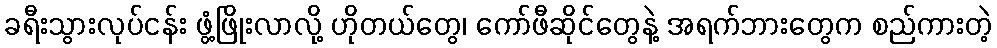
ခရီးသွားလုပ်ငန်း ဖွံ့ဖြိုးလာလို့ ဟိုတယ်တွေ၊ ကော်ဖီဆိုင်တွေနဲ့ အရက်ဘားတွေက စည်ကားတဲ့